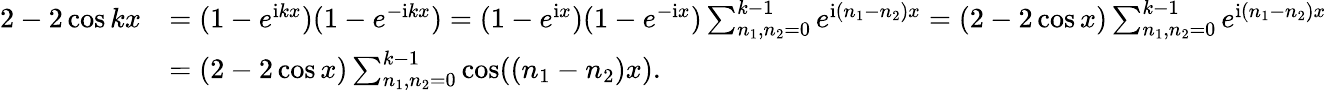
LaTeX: \begin{array}{rl}{2-2\cos kx}&{=(1-e^{\mathrm{i}kx})(1-e^{-\mathrm{i}kx})=(1-e^{\mathrm{i}x})(1-e^{-\mathrm{i}x})\sum_{n_{1},n_{2}=0}^{k-1}e^{\mathrm{i}(n_{1}-n_{2})x}=(2-2\cos x)\sum_{n_{1},n_{2}=0}^{k-1}e^{\mathrm{i}(n_{1}-n_{2})x}}\\ &{=(2-2\cos x)\sum_{n_{1},n_{2}=0}^{k-1}\cos((n_{1}-n_{2})x).}\end{array}